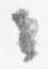
々